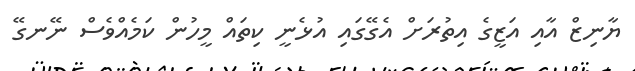
ޔާނިޒް އާއި އަޒީގެ އިތުރަށް އެގޭގައި އުޅެނީ ކިތައް މީހުން ކަމެއްވެސް ނޭނގޭ